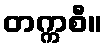
တက္ကစီ။